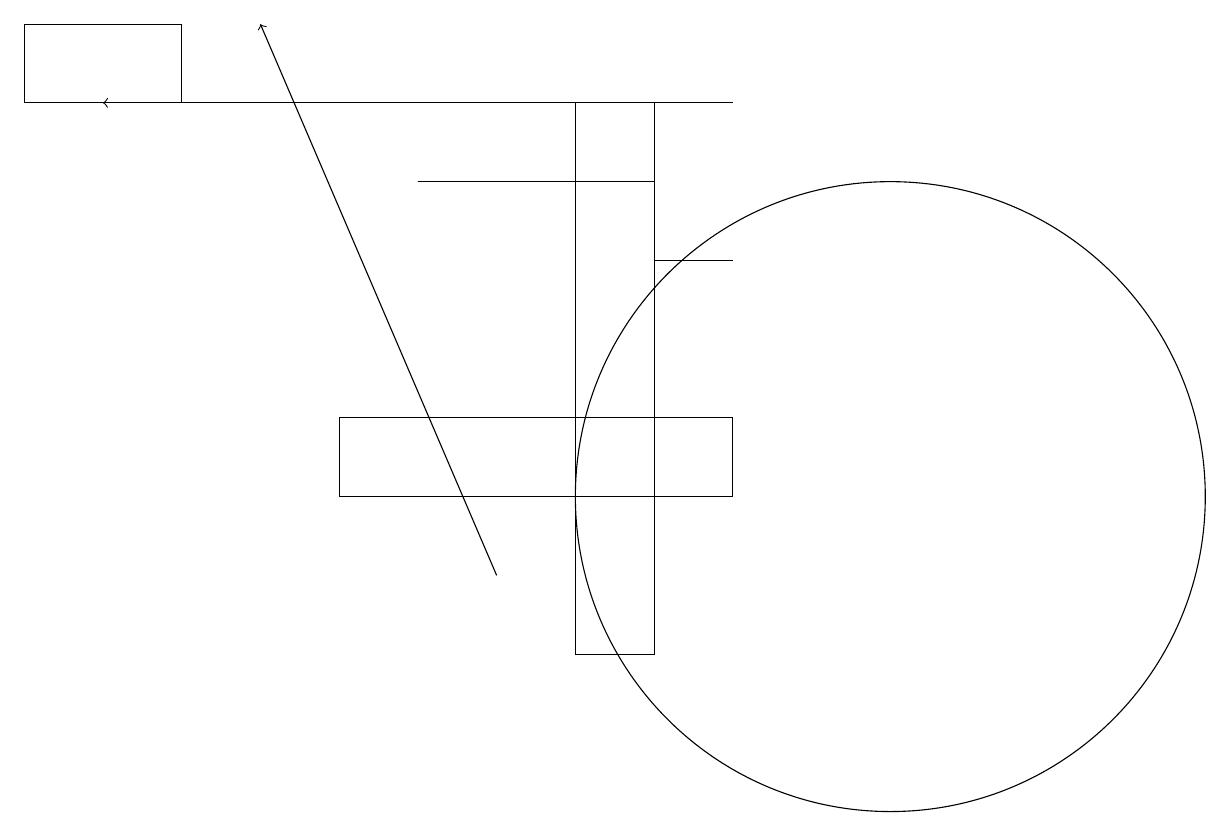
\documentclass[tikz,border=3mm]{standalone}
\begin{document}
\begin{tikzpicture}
\draw (0,17) rectangle (2,18);
\draw (9,15) rectangle (8,15);
\draw (4,12) rectangle (9,13);
\draw (11,12) circle (4);
\draw[->] (6,11) -- (3,18);
\draw (7,17) rectangle (8,10);
\draw (8,16) rectangle (5,16);
\draw[->] (9,17) -- (1,17);
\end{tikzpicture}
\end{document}